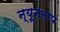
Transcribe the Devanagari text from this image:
न्यूनताप